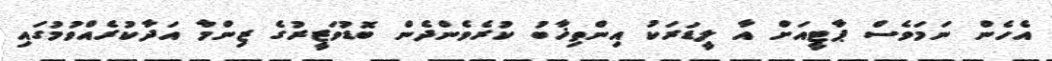
އެހެން ނަމަވެސް ޕާޓީއަށް އާ ލީޑަރަކު އިންތިޚާބު ކުރެވެންދެން ބޮޑުވަޒީރުގެ ޒިންމާ އަދާކުރެއްވުމުގައި